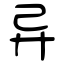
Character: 异